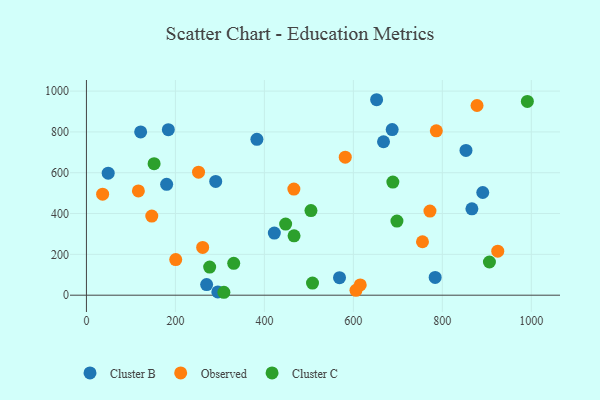
{"axis": {"x": "Investment", "y": "Rating"}, "legend": ["Cluster B", "Cluster C", "Observed"], "data": [{"x": "48.9", "y": 597.8, "type": "Cluster B"}, {"x": "383.2", "y": 763.8, "type": "Cluster B"}, {"x": "783.9", "y": 87.0, "type": "Cluster B"}, {"x": "890.9", "y": 503.2, "type": "Cluster B"}, {"x": "270.2", "y": 52.0, "type": "Cluster B"}, {"x": "687.3", "y": 811.3, "type": "Cluster B"}, {"x": "180.3", "y": 543.1, "type": "Cluster B"}, {"x": "121.9", "y": 799.9, "type": "Cluster B"}, {"x": "422.4", "y": 304.5, "type": "Cluster B"}, {"x": "667.8", "y": 751.7, "type": "Cluster B"}, {"x": "295.3", "y": 16.1, "type": "Cluster B"}, {"x": "568.9", "y": 86.0, "type": "Cluster B"}, {"x": "184.1", "y": 811.1, "type": "Cluster B"}, {"x": "866.5", "y": 423.1, "type": "Cluster B"}, {"x": "652.3", "y": 957.7, "type": "Cluster B"}, {"x": "853.2", "y": 709.4, "type": "Cluster B"}, {"x": "290.6", "y": 557.4, "type": "Cluster B"}, {"x": "878.0", "y": 929.3, "type": "Observed"}, {"x": "116.8", "y": 511.0, "type": "Observed"}, {"x": "36.4", "y": 494.8, "type": "Observed"}, {"x": "261.3", "y": 233.8, "type": "Observed"}, {"x": "924.6", "y": 215.8, "type": "Observed"}, {"x": "615.5", "y": 50.1, "type": "Observed"}, {"x": "755.4", "y": 261.8, "type": "Observed"}, {"x": "605.9", "y": 23.7, "type": "Observed"}, {"x": "200.7", "y": 174.7, "type": "Observed"}, {"x": "466.3", "y": 519.9, "type": "Observed"}, {"x": "252.0", "y": 602.9, "type": "Observed"}, {"x": "786.5", "y": 805.4, "type": "Observed"}, {"x": "581.8", "y": 676.4, "type": "Observed"}, {"x": "772.2", "y": 412.2, "type": "Observed"}, {"x": "146.9", "y": 387.6, "type": "Observed"}, {"x": "466.7", "y": 291.0, "type": "Cluster C"}, {"x": "309.0", "y": 14.3, "type": "Cluster C"}, {"x": "277.0", "y": 137.7, "type": "Cluster C"}, {"x": "508.2", "y": 59.4, "type": "Cluster C"}, {"x": "447.8", "y": 348.4, "type": "Cluster C"}, {"x": "331.1", "y": 156.1, "type": "Cluster C"}, {"x": "991.2", "y": 949.4, "type": "Cluster C"}, {"x": "905.9", "y": 162.6, "type": "Cluster C"}, {"x": "504.7", "y": 414.7, "type": "Cluster C"}, {"x": "152.1", "y": 644.4, "type": "Cluster C"}, {"x": "698.0", "y": 363.2, "type": "Cluster C"}, {"x": "688.8", "y": 554.0, "type": "Cluster C"}]}